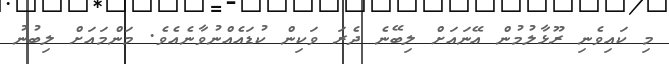
މި ކައިވެނި ރޫޅާލުމުން އޭނައަށް ލިބޭނެ ދެރަ ވަކިން ކުޑައެއްނުވާނެއެވެ. މަންމައަށް ލިބުނު